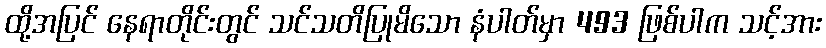
ထို့အပြင် နေရာတိုင်းတွင် သင်သတိပြုမိသော နံပါတ်မှာ 493 ဖြစ်ပါက သင့်အား